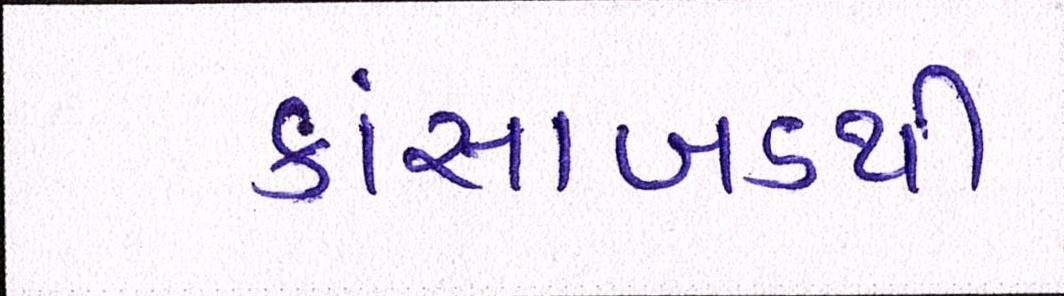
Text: કાંસાબડથી